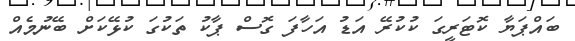
ބައްޕަޔާ ކޮޓަރީގަ ކުކުރޭ އަޑު އަހާފަ ގޮސް ޕާކު ތަކުގަ ކުޅޭކަށް ބޭނުމެއް